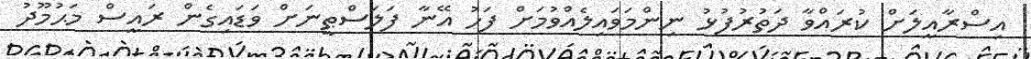
އިސްރާއީލަށް ކުރައްވާ ދަތުރުފުޅު ނިންމަވައިލެއްވުމަށް ފަހު އޭނާ ފަލަސްޠީނަށް ވަޑައިގެން ރައީސް މަޙުމޫދު